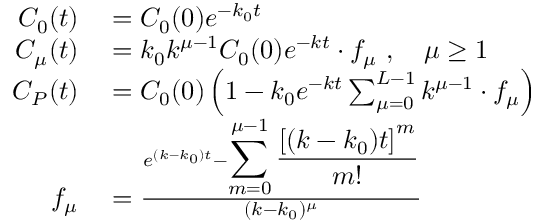
\begin{array} { r l } { C _ { 0 } ( t ) } & { { } = C _ { 0 } ( 0 ) e ^ { - k _ { 0 } t } } \\ { C _ { \mu } ( t ) } & { { } = k _ { 0 } k ^ { \mu - 1 } C _ { 0 } ( 0 ) e ^ { - k t } \cdot f _ { \mu } \ , \quad \mu \geq 1 } \\ { C _ { P } ( t ) } & { { } = C _ { 0 } ( 0 ) \left( 1 - k _ { 0 } e ^ { - k t } \sum _ { \mu = 0 } ^ { L - 1 } k ^ { \mu - 1 } \cdot f _ { \mu } \right) } \\ { f _ { \mu } } & { { } = \frac { e ^ { ( k - k _ { 0 } ) t } - { \displaystyle \sum _ { m = 0 } ^ { \mu - 1 } \frac { \left[ ( k - k _ { 0 } ) t \right] ^ { m } } { m ! } } } { ( k - k _ { 0 } ) ^ { \mu } } } \end{array}